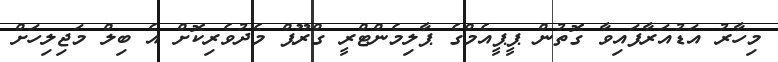
މިހާރު އަޑުއަރާފައިވާ ގޮތުން ޕީޕީއެމްގެ ޕާލިމެންޓްރީ ގްރޫޕް މެދުވެރިކޮށް އެ ބިލް މަޖިލިހަށް